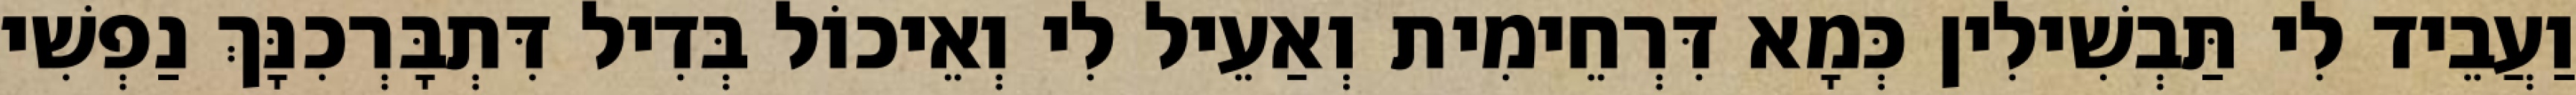
וַעֲבֵיד לִי תַּבְשִׁילִין כְּמָא דִּרְחֵימִית וְאַעֵיל לִי וְאֵיכוֹל בְּדִיל דִּתְבָּרְכִנָּךְ נַפְשִׁי